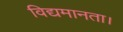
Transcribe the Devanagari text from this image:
विद्यमानता।